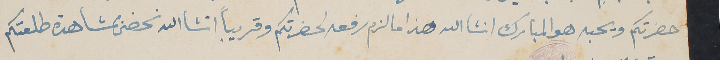
حضرتكم ويحبه هو المبارك انشالله هذا ما لزم رفعه لحضرتكم وقريباً انشاالله نحضى بمشاهدة طلعتكم